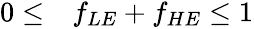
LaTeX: \begin{array}{rl}{0\leq}&{{}f_{LE}+f_{HE}\leq 1}\end{array}